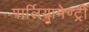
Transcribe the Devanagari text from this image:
पार्लियामेण्ट्री